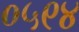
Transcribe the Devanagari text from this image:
०५९४